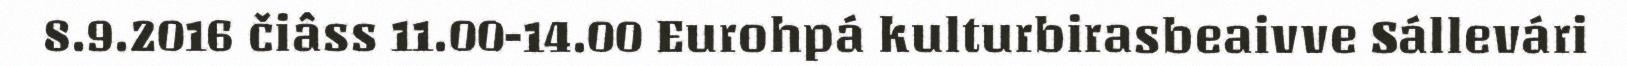
8.9.2016 čiâss 11.00-14.00 Eurohpá kulturbirasbeaivve Sállevári